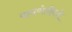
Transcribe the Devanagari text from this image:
पावणेतीनशे